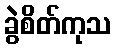
ခွဲစိတ်ကုသ